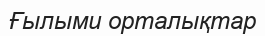
Ғылыми орталықтар